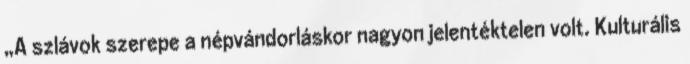
„A szlávok szerepe a népvándorláskor nagyon jelentéktelen volt. Kulturális